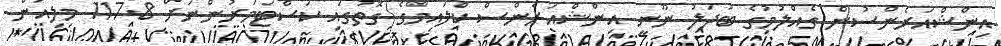
އިންޝްއަރެންސުން ގެއްލުމުގެ ބަދަލު ނޫނީ އިންޝްއަރެންސް ކްލައިމްގެ ގޮތުގައި ކަސްޓަމަރުންނަށް 117.8 މިލިއަން